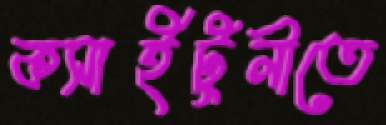
কসাইটুলীতে